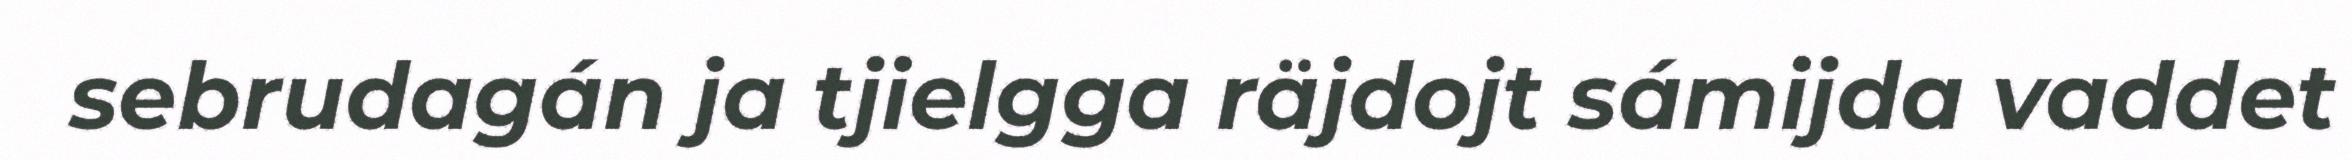
sebrudagán ja tjielgga räjdojt sámijda vaddet